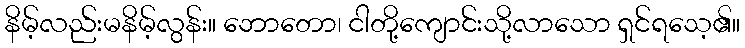
နိမ့်လည်းမနိမ့်လွန်း။ ဘောတော၊ ငါတို့ကျောင်းသို့လာသော ရှင်ရသေ့၏။